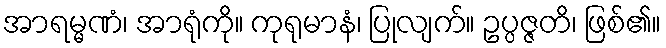
အာရမ္မဏံ၊ အာရုံကို။ ကုရုမာနံ၊ ပြုလျက်။ ဥပ္ပဇ္ဇတိ၊ ဖြစ်၏။